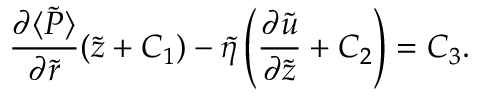
\frac { \partial \langle \tilde { P } \rangle } { \partial \tilde { r } } ( \tilde { z } + C _ { 1 } ) - \tilde { \eta } \left( \frac { \partial \tilde { u } } { \partial \tilde { z } } + C _ { 2 } \right) = C _ { 3 } .